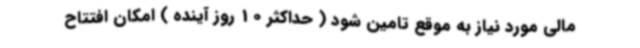
مالی مورد نیاز به موقع تامین شود ( حداکثر 10 روز آینده ) امکان افتتاح